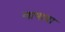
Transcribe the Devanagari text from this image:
भाषाया